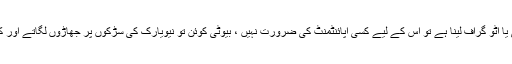
اگر آپ کو نکول کے ساتھ سیلفی یا آٹو گراف لینا ہے تو اس کے لیے کسی اپائنٹمنٹ کی ضرورت نہیں ، بیوٹی کوئن تو نیویارک کی سڑکوں پر جھاڑوں لگاتے اور کچرا اٹھاتے ہی نظر آ جائے گی۔